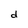
Character: d